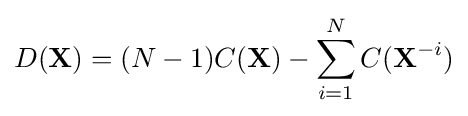
D({\textbf {X}})=(N-1)C({\textbf {X}})-\sum _{i=1}^{N}C({\textbf {X}}^{-i})